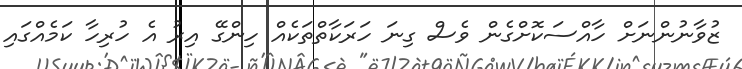
ޒުވާނުންނަށް ހާއްސަކޮށްގެން ވެސް ގިނަ ހަރަކާތްތަކެއް ހިންގޭ އިރު އެ ހުރިހާ ކަމެއްގައި